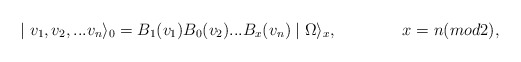
\begin{align*}\mid v_1,v_2,...v_n\rangle_0=B_1(v_1)B_0(v_2)...B_x(v_n)\mid\Omega\rangle_x,\qquad \qquad x=n(mod 2),\end{align*}